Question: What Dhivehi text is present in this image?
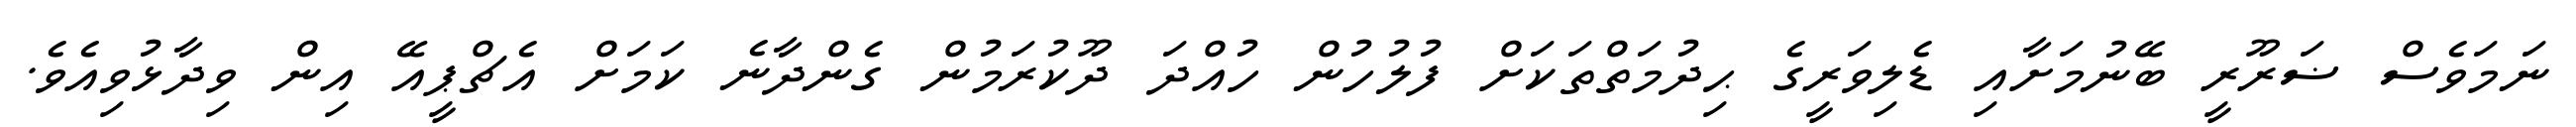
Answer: ނަމަވެސް ޟަރޫރީ ބޭނުމަށާއި ޑެލިވަރީގެ ޙިދުމަތްތަކަށް ފުލުހުން ހުއްދަ ދޫކުރަމުން ގެންދާނެ ކަމަށް އެޗްޕީއޭ އިން ވިދާޅުވިއެވެ.